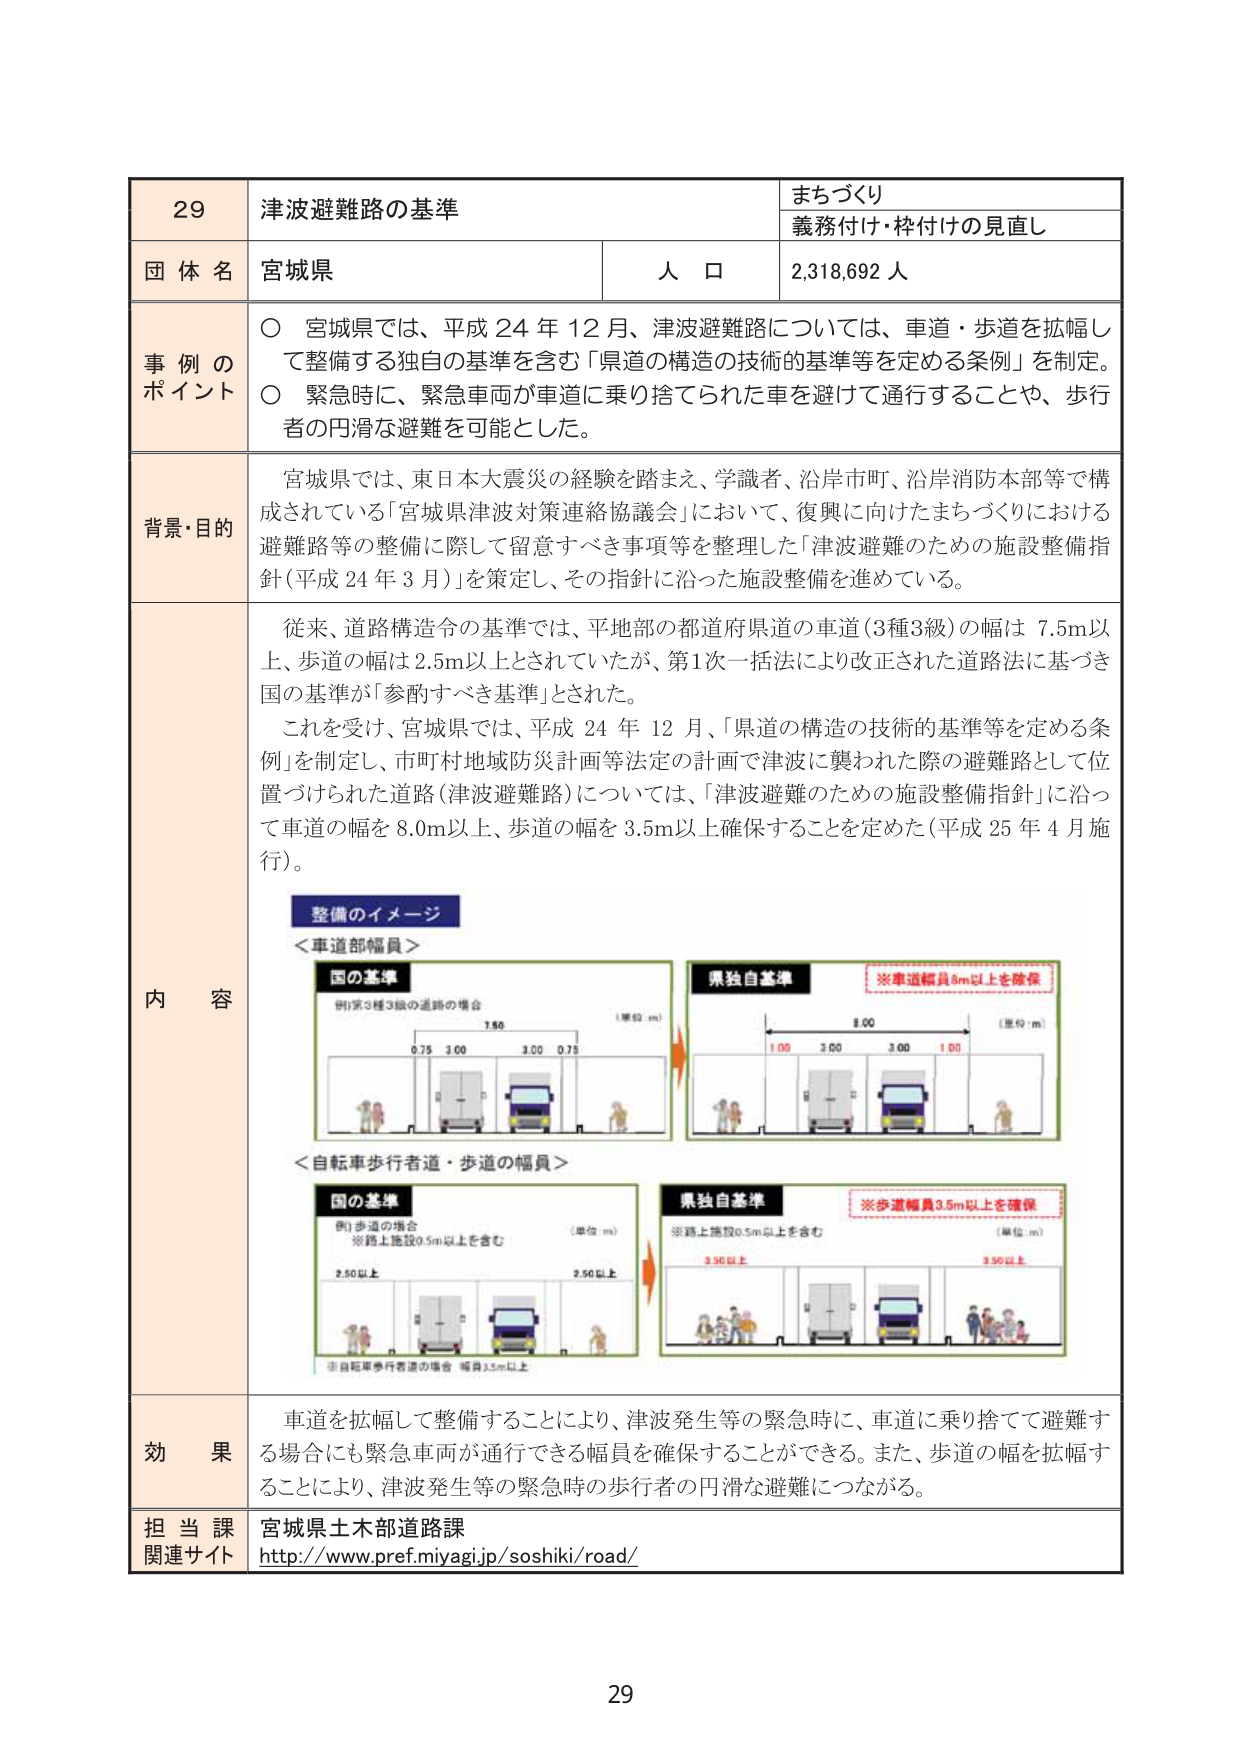
29
津波避難路の基準
まちづくり
義務付け・枠付けの見直し

団体名 宮城県
人口 2,318,692人

事例のポイント
〇 宮城県では、平成24年12月、津波避難路については、車道・歩道を拡幅して整備する独自の基準を含む「県道の構造の技術的基準等を定める条例」を制定。
〇 緊急時に、緊急車両が車道に乗り捨てられた車を避けて通行することや、歩行者の円滑な避難を可能とした。

背景・目的
宮城県では、東日本大震災の経験を踏まえ、学識者、沿岸市町、沿岸消防本部等で構成されている「宮城県津波対策連絡協議会」において、復興に向けたまちづくりにおける避難路等の整備に際して留意すべき事項等を整理した「津波避難のための施設整備指針（平成24年3月）」を策定し、その指針に沿った施設整備を進めている。

内容
従来、道路構造令の基準では、平地部の都道府県道の車道（3種3級）の幅は7.5m以上、歩道の幅は2.5m以上とされていたが、第1次一括法により改正された道路法に基づき国の基準が「参酌すべき基準」とされた。
これを受けて、宮城県では、平成24年12月、「県道の構造の技術的基準等を定める条例」を制定し、市町村地域防災計画等法定の計画で津波に襲われた際の避難路として位置づけられた道路（津波避難路）については、「津波避難のための施設整備指針」に沿って車道の幅を8.0m以上、歩道の幅を3.5m以上確保することを定めた（平成25年4月施行）。

整備のイメージ
＜車道部幅員＞
国の基準
例）第3種3級の道路の場合
（単位：m）
0.75 3.00 3.00 0.75
1.50

県独自基準
※車道幅員8m以上を確保
（単位：m）
1.00 3.00 3.00 1.00
8.00

＜自転車歩行者道・歩道の幅員＞
国の基準
例）歩道の場合
※路上施設0.5m以上を含む
（単位：m）
2.50以上 2.50以上

県独自基準
※路上施設0.5m以上を含む
※歩道幅員3.5m以上を確保
（単位：m）
3.50以上 3.50以上
※自転車歩行者道の場合 幅員3.5m以上

効果
車道を拡幅して整備することにより、津波発生等の緊急時に、車道に乗り捨てて避難する場合にも緊急車両が通行できる幅員を確保することができる。また、歩道の幅を拡幅することにより、津波発生等の緊急時の歩行者の円滑な避難につながる。

担当課 宮城県土木部道路課
関連サイト http://www.pref.miyagi.jp/soshiki/road/

29